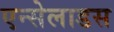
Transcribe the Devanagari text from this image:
एन्सेलाडस